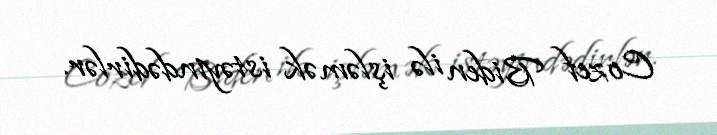
Cozef Biden ilə işləmək istəyindədirlər.